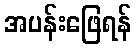
အပန်းဖြေရန်